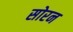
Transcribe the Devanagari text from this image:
सोरन